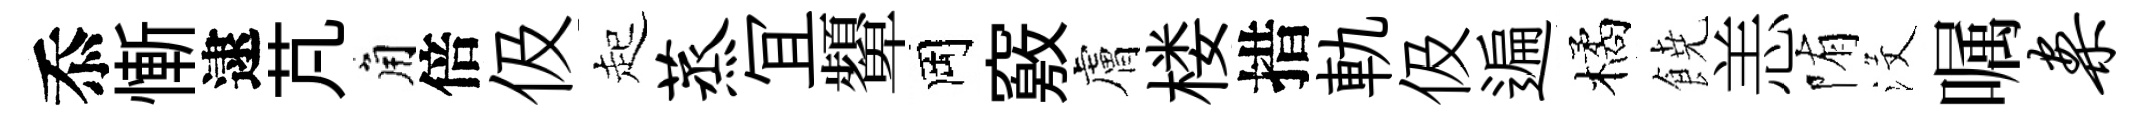
忝慚逮芃角倍伋起蒸冝顰岡竅膚楼措軌伋遍橘𩜙恙陏沒嘱案